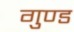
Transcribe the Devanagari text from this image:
गुण्ड